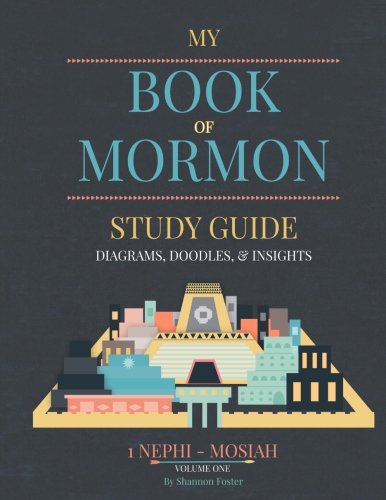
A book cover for Book of Mormon Study guide: Diagrams, Doodles, & Insights; Shannon Foster; Christian Books & Bibles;